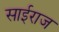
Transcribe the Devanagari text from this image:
साईराज